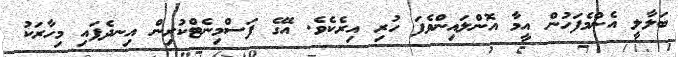
ބަލާލީ އެންމެފަހުން އީމާ އޮންލައިންވެފަ ހުރި އިރެކެވެ. އޭގެ ފަސްމިނެޓްކުރިން އިނދެފައި މިހާރަކު